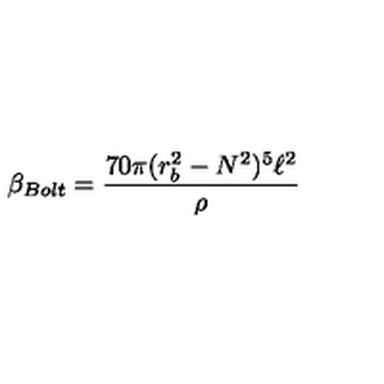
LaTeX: \beta _ { B o l t } = \frac { 7 0 \pi ( r _ { b } ^ { 2 } - N ^ { 2 } ) ^ { 5 } \ell ^ { 2 } } { \rho }